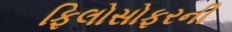
ફિલોસોફરની